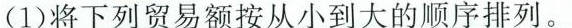
(1)将下列贸易额按从小到大的顺序排列。